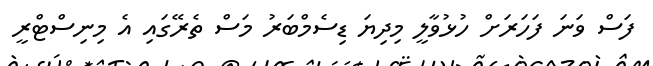
ފަސް ވަނަ ފަހަރަށް ހުޅުވާލީ މިދިޔަ ޑިސެމްބަރު މަސް ތެރޭގައި އެ މިނިސްޓްރީ